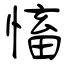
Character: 慉